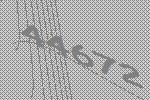
44672